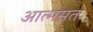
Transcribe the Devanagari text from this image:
आत्मसत